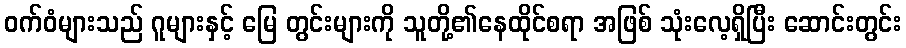
ဝက်ဝံများသည် ဂူများနှင့် မြေ တွင်းများကို သူတို့၏နေထိုင်စရာ အဖြစ် သုံးလေ့ရှိပြီး ဆောင်းတွင်း